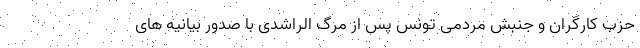
حزب کارگران و جنبش مردمی تونس پس از مرگ الراشدی با صدور بیانیه‌ های